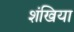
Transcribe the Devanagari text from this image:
शंखिया